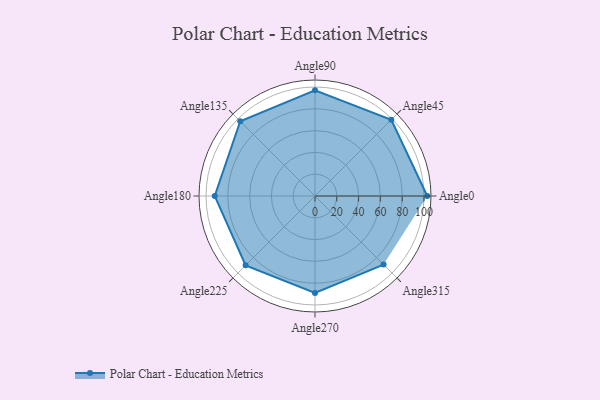
{"axis": {"x": "Angle", "y": "Radius"}, "legend": [""], "data": [{"x": "Angle0", "y": 103.0, "type": ""}, {"x": "Angle45", "y": 99.0, "type": ""}, {"x": "Angle90", "y": 97.0, "type": ""}, {"x": "Angle135", "y": 97.0, "type": ""}, {"x": "Angle180", "y": 92.0, "type": ""}, {"x": "Angle225", "y": 90.0, "type": ""}, {"x": "Angle270", "y": 89.0, "type": ""}, {"x": "Angle315", "y": 89.0, "type": ""}]}